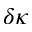
\delta \kappa